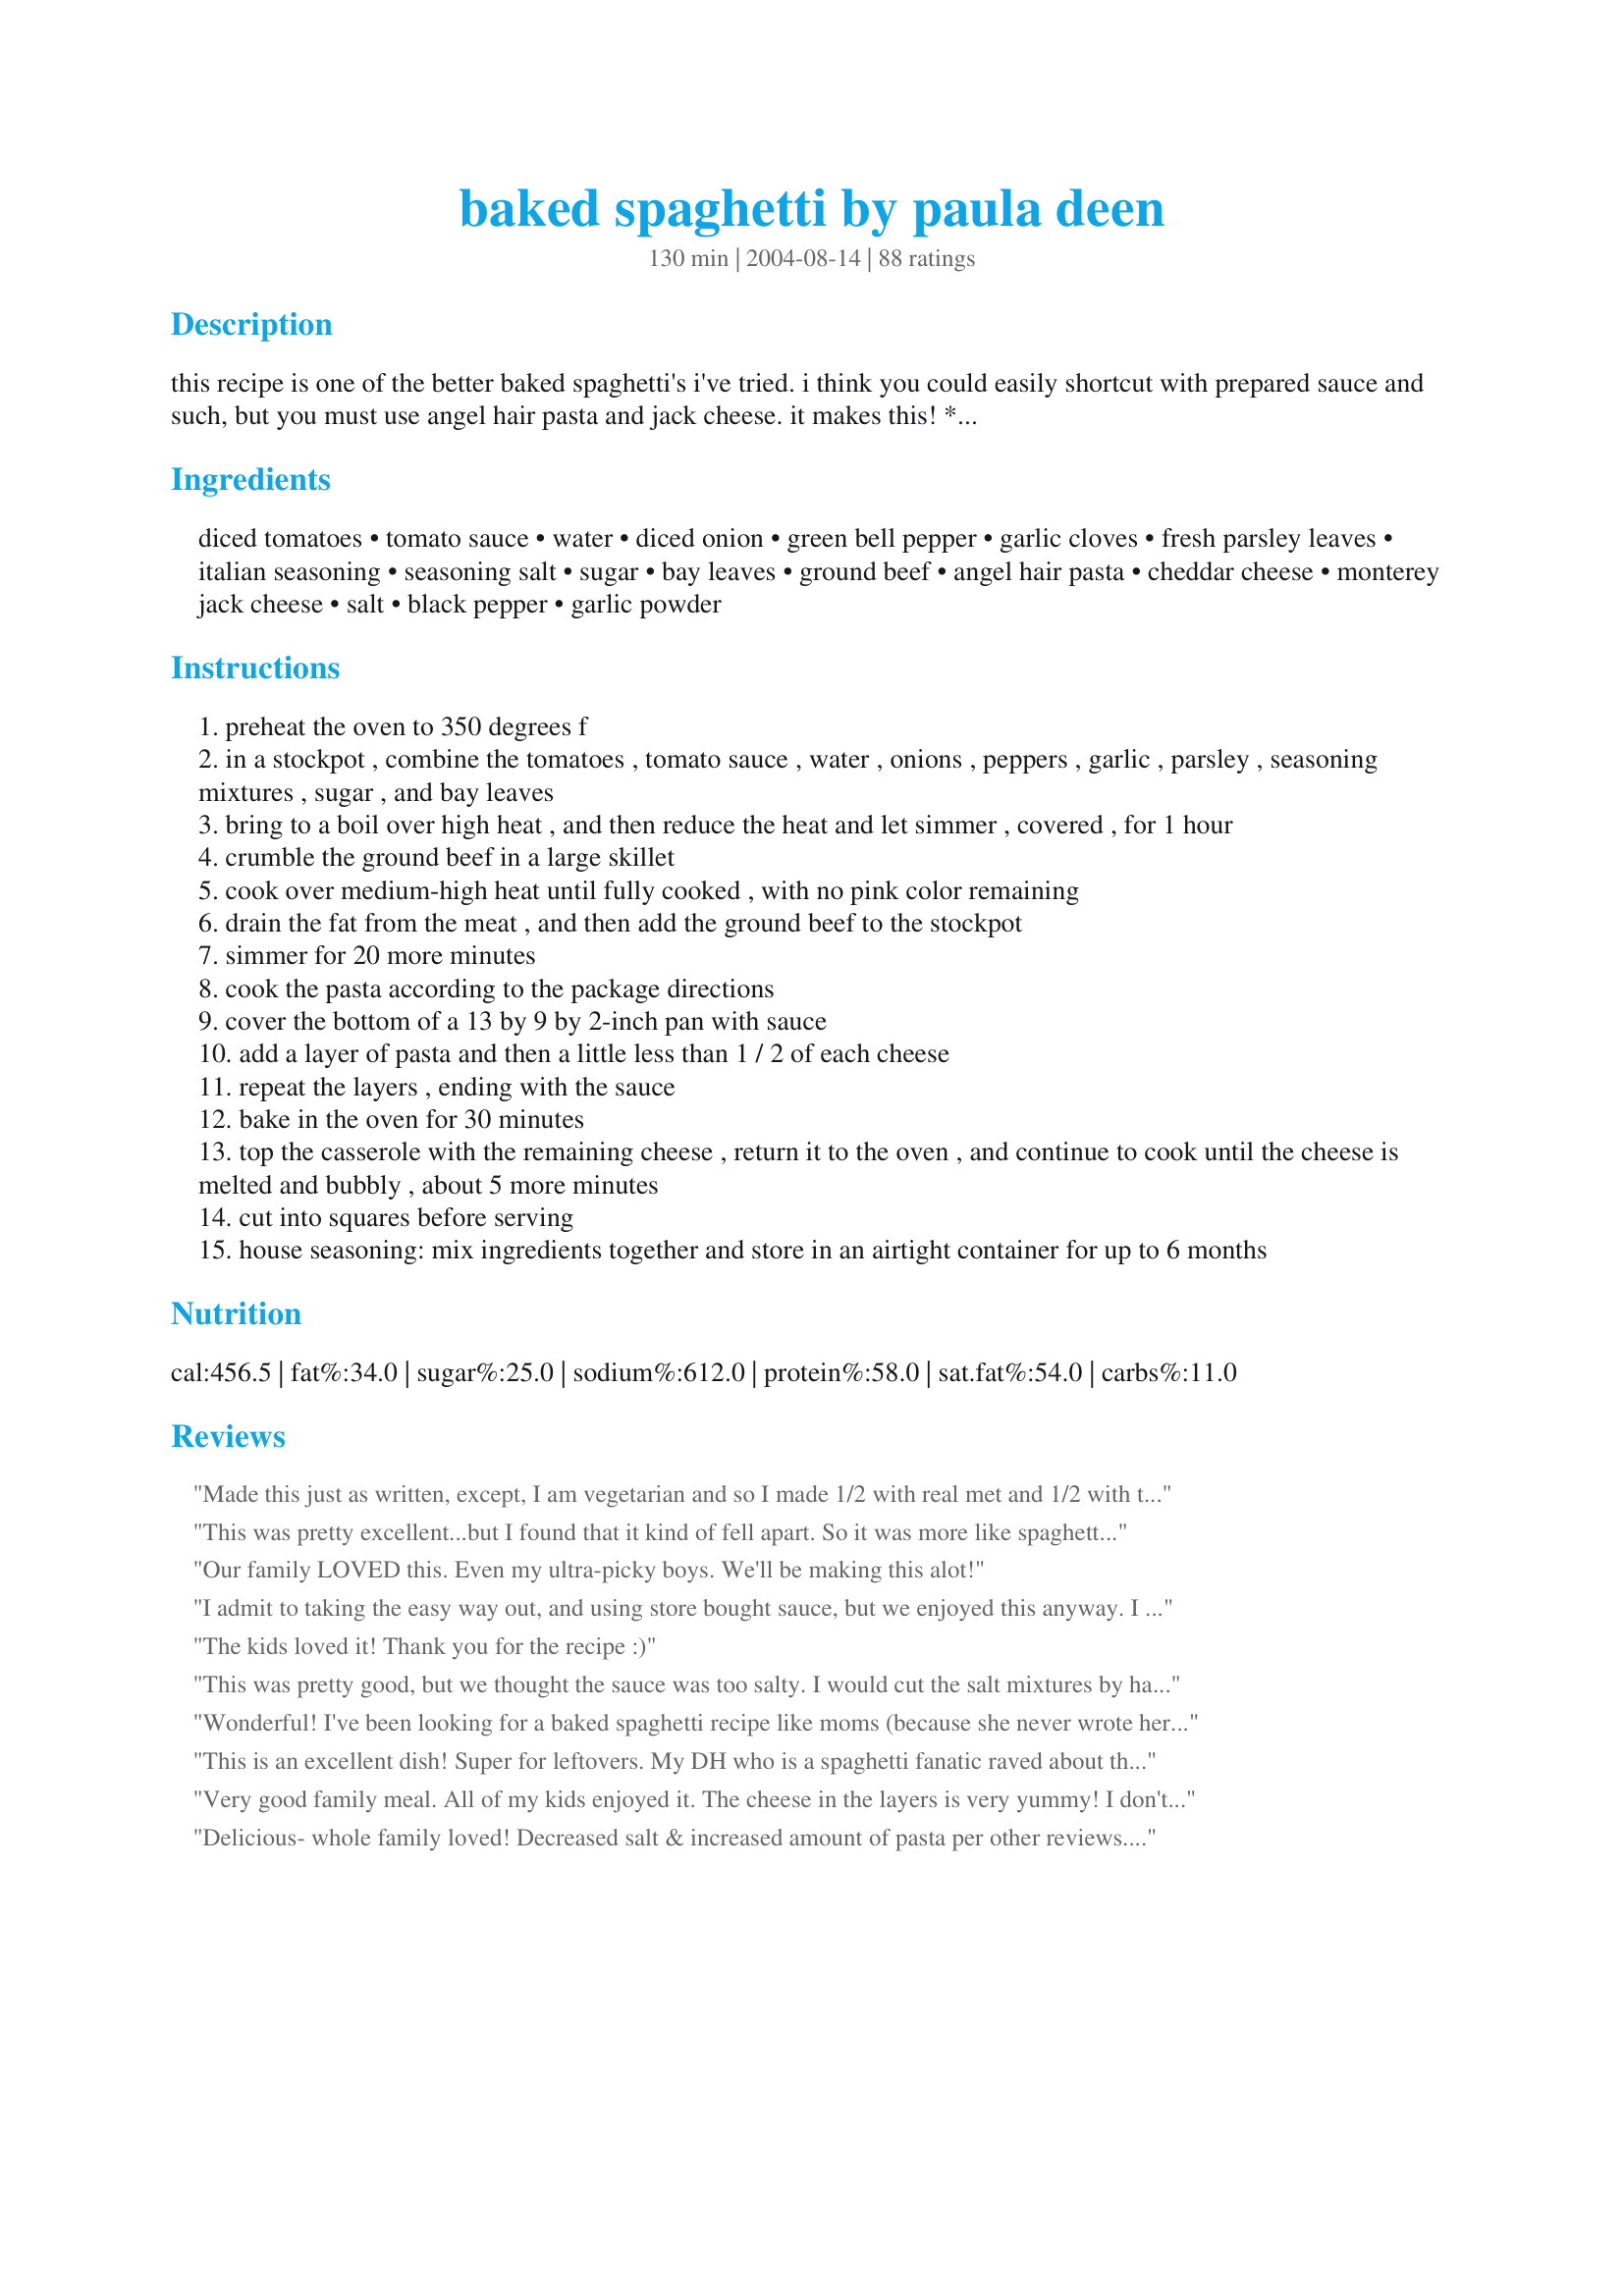
baked spaghetti by paula deen
Preparation time: 130 minutes

this recipe is one of the better baked spaghetti's i've tried. i think you could easily shortcut with prepared sauce and such, but you must use angel hair pasta and jack cheese. it makes this!

**edited to add: i have tried to increase pasta per reviews, but this does not work! you come out with a dry pasta! please make just as written and rate on the recipe as written!

Ingredients:
diced tomatoes, tomato sauce, water, diced onion, green bell pepper, garlic cloves, fresh parsley leaves, italian seasoning, seasoning salt, sugar, bay leaves, ground beef, angel hair pasta, cheddar cheese, monterey jack cheese, salt, black pepper, garlic powder

Steps:
preheat the oven to 350 degrees f
in a stockpot , combine the tomatoes , tomato sauce , water , onions , peppers , garlic , parsley , seasoning mixtures , sugar , and bay leaves
bring to a boil over high heat , and then reduce the heat and let simmer , covered , for 1 hour
crumble the ground beef in a large skillet
cook over medium-high heat until fully cooked , with no pink color remaining
drain the fat from the meat , and then add the ground beef to the stockpot
simmer for 20 more minutes
cook the pasta according to the package directions
cover the bottom of a 13 by 9 by 2-inch pan with sauce
add a layer of pasta and then a little less than 1 / 2 of each cheese
repeat the layers , ending with the sauce
bake in the oven for 30 minutes
top the casserole with the remaining cheese , return it to the oven , and continue to cook until the cheese is melted and bubbly , about 5 more minutes
cut into squares before serving
house seasoning: mix ingredients together and store in an airtight container for up to 6 months

Reviews:
Made this just as written, except, I am vegetarian and so I made 1/2 with real met and 1/2 with the fake met and I loved it ( I am the vegetarian). It was a hit with my boyfriend. This freezes well and makes a great leftover. Thanks for posting.
This was pretty excellent...but I found that it kind of fell apart. So it was more like spaghetti with meat sauce. It has great flavor...and my husband liked it. So definitely a keeper!
Our family LOVED this. Even my ultra-picky boys. We'll be making this alot!
I admit to taking the easy way out, and using store bought sauce, but we enjoyed this anyway. I also used more spaghetti (6 ounces for a half batch). I'm sure we'll try this again, and maybe I'll even have time to make the sauce from scratch. Thanks for posting!
The kids loved it! Thank you for the recipe :)
This was pretty good, but we thought the sauce was too salty. I would cut the salt mixtures by half next time.
Wonderful! I've been looking for a baked spaghetti recipe like moms (because she never wrote hers down) and this is it! The first time I used 8oz. of angelhair pasta but ever since I use regular spaghetti as I prefer it, and 14oz. box instead of 8oz. Absolutely love this!
This is an excellent dish! Super for leftovers. My DH who is a spaghetti fanatic raved about this one!
Thanks!
Very good family meal. All of my kids enjoyed it. The cheese in the layers is very yummy! I don't know why, but I needed more than 8 ounces of noodles. I ended up using the 14.5 oz. box. My 9x13 dish would not have been full without it. I am adding this to our meal rotation and list of meals to share with others. Thanks.
Delicious- whole family loved! Decreased salt & increased amount of pasta per other reviews. Personal preference- also rinsed & drained meat to get rid of as much grease as possible! Cooked sauce on low in crockpot all day & whole house smelled wonderful.
We really enjoyed this comforting meal on snowy day! I did have sauce in the freezer made previously...so it was a 'quicker' version. I also used pepper jack cheese (we like a touch of spicy) Delicious!<br/>Thank you Barenaked and Paula!!
YUMM..... I made this for my family last night and it was a huge hit!!! I only used 1 cup of diced tom and used 1 can of tomato soup to cut the bitter tom taste. It was AWESOME!! I even had some leftovers for breakfast! :-)
Took this recipe to lake already cooked. We heated in the microwave and was delish!!!
This is another favorite of mine.
I just loved it!!!!
I made this tonight for dinner and it was terrific!!! I did not have any angel hair pasta so I used plain spagetti and canned sauce with great results. I will be making this again in the future, next time I will try the angel hair pasta. I would without a doubt recommend trying this recipe. Thank you for sharing!!!
This was a hit with my family. I made it exactly as written. The simmering sauce makes the house smell wonderful and it tastes divine-we only wish there was more of it. Also we are cheese people and thought it needed more. The flavor was great and the recipe is a keeper. I wouldn't use jar sauce but I would make it when you aren't pressed for time. As another posted it doesn't make neat little squares. Instead little mounds but they are delicious. Thanks Barenaked Chef for posting Paula Deen's Baked Spaghetti. Enjoy. ChefDLH.
Awesome!! I didn't have any bay leaves but I had everything else. The sauce is good and the angel hair pasta is great in this. I added a little more cheese cause you can never have enough cheese. It takes a little long to make but it is well worth it. This makes a lot, so if it is just two people like us, I would half it. Next time I'm going to add mushrooms.
A great recipe that's always a winner in our house. I recently made this and shared it w/a family friend who is currently incapacitated w/a broken leg. I split the recipe between two 8 x 8 pans and it came out wonderful. My friend and her husband said it was delicious.
My family loved this recipe. The cheddar and montery jack cheeses really make the dish.
I expected more. I really am a Paula fan but this dish, for the time it took to prepare it..wasn't worth the effort. I followed all directions and exact ingredients. I almost think it would have been better with a prepared jarred sauce.
Great! A nice alternative to "traditionally prepared" spaghetti. I, as with other reviewers, added a little more cheese, just because. Thanks!
I made quite a few changes to this, but this is a great *versatile* recipe.<br/>I had every intention of making the from-scratch sauce, but as a mom to a toddler, time gets away from me. I sauteed the onions & bell peppers (and added mushroms) with garlic and added them to a pot with 2 jars of Newman's Own "Sockarooni" sauce.<br/>I substituted ground turkey for the ground beef, whole-wheat thin spaghetti (and doubled the noodles based on others' reviews), and omitted all added salt.<br/>We loved this. I served with a green salad and yeasty (frozen) rolls. Makes a ton of leftovers, too.
Everyone in my family loved this and wanted the recipe! 
I was running late on time so instead of baking this spaghetti I finished cooking it on the stove. The combination of cheese really gives the spaghetti a nice flavor. Cant wait to make it again and bake it in the oven! Thank you Suzanne Zick for posting a great Paula Deen recipe!
This was not really for us. I thought it came out very bland and needed much more flavor. The kids didn't care much for it either. I ended up throwing most of it away.......sorry
I would give this 10 stars if I could...
We loved this! My husband said it was very good! I like that it is very filling and there is some leftover for lunch or dinner tomorrow. I made the sauce and had a small bowl leftover. Used an 8 by 8 pan and it was perfect size for 2 people. Goes perfectly with garlic bread and a salad. Thanks for a nice keeper!
You can always count on a Paula Deen recipe to be great and this was no exception. My sauce turned out a bit too salty, and I'm a salt addict, so I would cut back a bit next time. It may just be the brand of seasoning salt I use. Also I would use a bit more noodles and cheese the next time I make this. Thanks for a great recipe.
Made this for the Christmas celebration with my husband's side of the family. I doubled the recipe - I should have tripled it! It was a HUGE hit! Absolutely delicious.
I would have given it five stars but Paula needed to be humbled a bit. No, as expected this was good. Next time I would make a little more sauce tho because it was just a little less than I think it should have been. I was trying to cut the recipe in half and use part ground beef, part sausage. Makes a lot, even at half. Freezes real nice too! Thanks Barenaked Chef!
I've made this baked spaghetti at least ten times now, and it's a SMASH HIT every single time! This is the way spaghetti should taste, in my humble opinion. <br/><br/>Okay, first things first, I have two babies under the age of 2 years old, so I refuse to take the precious time to make that lovely-sounding sauce. (It really does sound lovely, but honestly! Too time-consuming! I digress....) I simply bought two 24oz containers of Ragu onion & garlic spaghetti sauce, and use about 1 1/2 jars of it.<br/><br/>Also, I used turkey instead of ground beef. When browning it, I seasoned it in the pan with Lawry's seasoning salt, garlic powder, onion powder, sage, Italian seasoning, & black pepper. Then I add the sauce to it, and voila! It smells so delightful, I must say. Additionally, I use a little more cheese than required, since the family and I are cheese lovers. But overall, even with my little tweaks, this dish is oh-so-tasty! Even my 20 month old who hates pasta will eat this! :)
This was very tasty. So easy to make. Will make again soon. Thanks for posting.
This was delicious! All three kiddos wolfed it down--Even my 2 year old who lives on fruit and water ate TWO servings! Thank you for posting a recipe that I will certainly make again.
This is the best recipe for baked spaghetti. I have been using this recipe for years, and I am glad that someone posted it for others to see. It is delicious! Thanks for posting!
Hey ya'll! This was over the top. Everyone in our family are picky eaters and this was inhailed by all, without a single word. A KEEPER FOR SURE!
Excellent baked spaghetti! My whole family loved it. This is the recipe I will use from now on,
This is th e best baked spaghetti ever. I followed the recipe exactl, except for substituting whole wheat thin spaghetti for the angel hair pasta. I made it up in two small casseroles and froze one for later. The family loved this one. It's definitely a "keeper" and I'll be making it again. Thanks for posting.
Pretty good. Thank you for posting.
Awesome! Doubled the pasta and was even better leftover. Reci-peating this one!!
This is the second excellent Paula Deen recipe that I've made - I just might have to buy one of her cookbooks! Aside from using Ospidillo Cafe Spaghetti Sauce (#114030) by Bone Man, I followed the directions. I may add some mushrooms next time. Thanx Suzanne & Paula!
This was fantastic! Thin whole wheat spaghetti (same weight) was used rather than angel hair. I doubled the recipe and baked it in a large roasting pan. It is unclear if the house seasoning was to be added on step 2 so it was served as a topper. Next time the house seasoning will be added in step 2. I was worried there wouldn&#039;t be enough sauce but there was plenty. Everyone in our large group enjoyed it. I cannot wait to have this again.
Easy to follow directions, and have to agree with Barenakedchef--the angel hair pasta and cheeses should not be substituted with something else. Bottled spaghetti sauce might be an easier shortcut, but Paula's original recipe tastes better.
Despite the stuck together pasta and my using a can of tomato sauce that was expired two weeks ago, this tasted truly awesome and the stuck-together pasta was of no consequence in the end:-)

I never made "baked spaghetti" before--plenty of lasagna, but I think I'd rather have this than lasagna. And it's the angel hair pasta that makes it. And yes I agree with others, take the little extra time to make your own sauce as per the recipe. You'll love yourself--haha! For my spaghetti sauce I usually make M Batali's "Basic Tomato Sauce," but this is good (and different--chunky--I like that about it).

I used colby + monterey jack cheese--it melts well. I also used regular prepared seasoned salt (no MSG) and pepper.

Also, I'm not an oregano lover, and the sauce seemed to reek of it, which turned me off. I'm pleased to report that after adding the meat, it was all good!
This is a really good recipe...I did follow the recipe as you have posted. My brother really liked it very much.Thank You for posting..Hugs
I made this exactly as written, even my daughter who is very picky loved it! Thanks!
I love this recipe.....excellent...i love paula deens cooking...she knows how to please the southerns...great job paula....donna in north carolina
I substituted canned sauce for the homemade sauce with great results. This is the type of recipe that is even better warmed up the next day. My entire family loved it.
It was really good, but somehow, I didn't do the right proportions. Didn't have enough sauce, so I ended up with the top layer being from a jar or ragu. Even so, we really enjoyed it.
This turned out wonderful and tasted really good, enjoyed by all! Thanks lots Suzanne Zick....
I halved the recipe and put in a 9x9 casserole. I used 3 roma tomatoes diced, which equaled 1 cup, and 1 8oz can tomato sauce. I forgot to get parsley at the store so I used chopped celery tops. For the house seasoning I used 1/2 tea salt and 1/8 each of pepper and garlic powder. This turned out really good. I will be making this one again, thank you!
I was looking for something for dinner yesteday with ingredients I had on hand. I found your recipe and it was very very good. So easy to prepare and it had great flavor. I did add some leftover cottage cheese in between the layers, otherwise followed directions exactly. Thank you so much for sharing this recipe with us, I will make this again as we all loved it.
My family loves it... Paula Deen is right on with this one. It does make a lot of left overs, which we are not big on..see that we are a small family. However my boyfriend, and myself usually go back for big helpings of seconds and sometimes thirds, believe it would be great the next day.
Really good! One of my husbands favorites. I prepared it exactly as directed, turned out perfectly.
I made this last night and it was very good. I love the homemade sauce and it seems like a meal that the whole family loves. I did make it with the whole box of pasta because I was feeding 7 people, so I wanted to be sure to have enough. I doubled the tomato sauce and diced tomatoes to make more sauce for the dish. I know you said to make it as written, but I wanted to make one pan and have enough to feed 7 and it worked out very well. I will definitely make this again.
I liked this recipe, but it's kind of forgettable and I don't think I would make it again.
DELICIOUS! The angel hair pasta was fabulous in this. My family and I absolutely fell in love with this recipe. It's cheesy and flavorful. This also makes GREAT leftovers (it tastes even better the next day)! Thank you so much Barenaked Chef for sharing this recipe I am putting this into my regular recipe rotation. :)
Wonderful! Have been making this for awhile and forgot to review it. I also used a whole pound of pasta as some other reviewers did. I just don't think it would have been a full pan with 8 ozs. I added extra tomatoes and sauce to up the sauce quantity also. Just personal preference.
1st time making this.. Never really ever heard of it. Followed other *chef''s* reviews and upped pasta amount. I should have upped the sauce as well. But the recipe is delicious! DH and I really loved it. Kids were so-so about it, but liked it better the next day. I will make this BETTER next time with a tad more sauce. YUM!
This was really good, and different than regular tasting spaghetti. I made it according to the directions, however, I covered it with foil about midway through baking just to make sure it didn't dry out. I then uncovered it after 25-30 min. and put the cheese on top and baked it another 5 min. as recommended. It came out moist and tasty. The sauce from scratch is very good. I did add a little fresh mushroom to it.
very tasty and easy recipe. I add chili flakes and fresh garlic to sauce, and ricotta cheese either stirred in the spaghetti or dolloped in between layers, really adds a yummy touch
We enjoyed this version of a baked spaghetti. I used Mother-in-Laws Spaghetti Sauce Recipe #58333 for the sauce (made in crock pot). My daughter's words were "This is good!" It is the kind of dish that's easy to overeat since the noodles are so light.


Roxygirl
I know this does not need another review but had to say just how good my family thought this was. Whether you make it just "as written" or throw some of your own love into it the casserole was wonderful and will become a staple in our house. I found 2 people eating the leftovers at 3:00am which is what I got up to do so I guess next time I will have to make two.
Delicious! We love spicy food - so I added more spices and a bit of tabasco. Can't wait to eat the leftovers! * * * Edited to say that I made this again last night, and, as I didn't have enough ground beef, I added a bit of tofu to make up the 1 1/2 pounds of ground beef. I also added mushrooms and red bell peppers. Thanks again for posting this!
Loved it! Authentic Italian taste. I didn't have 8 oz. of angel hair so I used manacoti and wow, still delicious. Like all of Paula Deen's recipes I've tried, this is a dish I'll make over and over again!
Excellent Recipe! This sauce is to die for. Came out a little salty, so next time I'll cut back on the salt, but otherwise awesome! I used dried bay leaves and parsley and doubled up on the cheese. I too used colby-jack cheese. Its readily available pre-mixed and cheaper than buying it seperate.
I made this spaghetti and it was a hit with the entire family. my sauce turned out a little salty so I will cut back on the salt next time; however I did season my meat and that could have been the case. Overall a delicious recipe!
We LOVE this! We make it at least once every two weeks. So yummy and everyone likes it. Hard task in my family!
This has become a family favorite. It tastes even better the second day. Great recipe to make for other's who are in need of a meal. I have used jarred sauce as well as the version above and by far the homemade sauce is much better.
Very very good. I made this last night. My husband loved it, he asked for seconds. Will be making this more often. Thanks for posting!
This was a very good Baked Spaghetti. I replaced the diced tomatoes with Rotel to give it a little more zip and that worked well. I used a lot more cheese than called for. Also used multi-grain Angel hair pasta. It just seemed to be missing something for us. Made for the Secret Ingredient Tag Game.
I doubled the recipe for my family of 16. Everyone loved it. Thanks for sharing!
Great ! I did substitute rotel tomatoes for the diced tomatoes and added pepper jack cheese in place of the monterey jack to make more dinner party friendly.It was amazing! I will definitely be using this one again!
This is a great recipe! My picky 3 and 6 year olds are still working on it right now... I followed the recipe exactly. Doesn't specify whether or not to drain the diced tomatoes, so I didn't after reading reviews that this was too dry. I just cooked a good handful of spaghetti, rather than angel hair. I had the perfect amount of sauce, even tho it looked too wet when I got it all down in the pan. Didn't really measure the cheese, but sprinkled the layers until it looked good. Saving this one and will definitely make it again. Thanks for sharing.
I made this recently and it was great. I used Paul Newman's sauce as a base and added fresh ingred, garlic, mushrooms, onion, green pepper. Easy to throw together. Good for potlucks.
Loved this recipe as it has plenty of sauce when served -- something hard to find in a baked spaghetti recipe. Delicious and can be made ahead!
This is a fabulous recipe. I have followed it as written and it&#039;s great. I have added my touches and it&#039;s great too. I recommend using this sauce recipe or at least a homemade recipe, it really is worth the extra time. I mixed sausage and hamburger meat tonight to add more flavor. I think the original had plenty, I just love adding sausage to Italian-y dishes. I added more garlic, also just because I happen to love garlic. I prefer to saute the onions and peppers first...just my preference.
My 8 yr old Daughter&#039;s favorite. Tastes delicious. Thought about store bought sauce but tries the recipe as written. It did not disappoint. I used fire roasted diced tomatoes from Hunts as my brand of choice. This with a garden salad and Texas Garlic Toast is a wonderful meal. There are usually no left overs. Thank you, Paula. This recipe is awesome!!!
This recipe is from Paula's first cook book and is divine. I have made it dozens of times and it never fails. I have dozens of cookbooks and always write the date I make or re-make a recipe and whatI thought - 5 stars, etc. and any changes I made. My cook book page is covered with all the dates I have made this over the years. It is one of our absolute favorites and I like to cook it on the weekend and have it throughout the week, or it freezes beautifully in individual portions. It's the best and my DH gets excited whenever he knows I am going to make it. It is a MAN PLEASER and he wouldn't mind eating it every night for a week.
Can't go wrong with Paula's recipes. I loved this and will make it again. I made the sauce the day before, also doubled and thought too much pasta.
I have made this several times. I absolutely love it. I have made it both ways with ragu and from scratch. I also add some ricotta cheese to the layering. YUMMY.
Oh WOW! What's better than spaghetti? Spaghetti with cheese of course! I used my own spaghetti sauce recipe because I know my kids like it. I did add 1 cup of grated mozarella cheese so it would be extra cheesey. It was perfect! Everyone loved it. I served recipe#21547 with it. This is a keeper!
Made this recipe again for the family and they loved it. First time I think I added to much meat which messed up the the sauce/meat ratio. Will definitly be making this again. 
Thanks
Tastes great! I used an entire 12oz box of pasta- and I'm glad I did- I don't think 8oz would have been enough. I also added more of both cheeses but I tend to eyeball those type of things. Will definitely make again!
This was good. I made it because I had all the ingredients on hand except the cheese. I used thin spaghetti. I didn't measure the cheese just sprinkled on. I can't beleive I'm going to say this but it was a little too cheesy. Made it kind of rich and had a sour cheesy taste. Next time I think I will use only one kind of cheese and try it with the angel hair. Leftovers were good the next day to. I served it with Garlic Bubble Bread #21547 .
This baked spaghetti dish was excellent and the meat sauce had a wonderful aroma and flavor galore.
I used spaghettini and mozzarella as that is what I had on hand. Thanks Suzanne for sharing.
Great recipe...We enjoyed it and I am sure I will be making this often.
I have had this saved in my "to try" cookbook for a very long time, I was hesitant because my DH really is not a "casserole" guy. He almost never likes them. I just decided to go ahead and try this, and everyone in my family liked it! I made it exactly as written, I may change it up a bit next time for fun, but it really is good! I must say though I personally would never try the jarred sauce with this, I find jarred sauces to be way too sweet. I think it would ruin the wonderful flavor you get from this sauce! Worth the extra effort!
Made this today for a church dinner. I used fresh tomatoes out of my garden. I think it was a little dry and that's probably why. Next time I will use the canned tomatoes with more juice. I just finished eating some for supper. Better this time. Thanks
I had tried this recipe from her show one night when I had company over. They loved it & so did my family. I have made it twice since then. I think it is better than spaghetti. One of my favorites.
